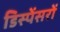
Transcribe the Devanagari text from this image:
डिस्पेंसरों